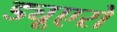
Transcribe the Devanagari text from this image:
ड्यूएरो